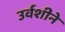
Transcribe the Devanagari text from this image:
उर्वशीने